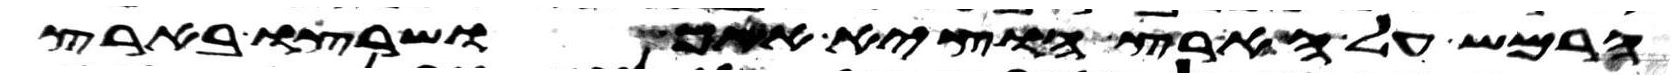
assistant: הרמש על הארץ הוציא אתך ושרצו בארץ